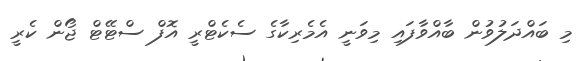
މި ބައްދަލުވުން ބާއްވާފައި މިވަނީ އެމެރިކާގެ ސެކެޓްރީ އޮފް ސްޓޭޓް ޖޯން ކެރީ